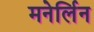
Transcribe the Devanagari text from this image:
मनेर्लिन